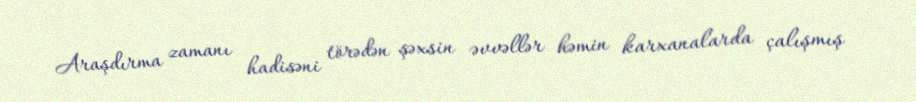
Araşdırma zamanı hadisəni törədən şəxsin əvvəllər həmin karxanalarda çalışmış